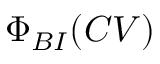
\Phi _ { B I } ( C V )